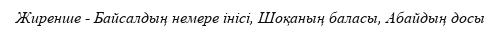
Жиренше - Байсалдың немере інісі, Шоқаның баласы, Абайдың досы